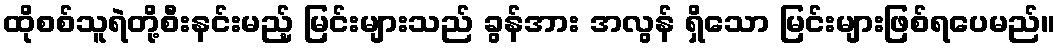
ထိုစစ်သူရဲတို့စီးနင်းမည့် မြင်းများသည် ခွန်အား အလွန် ရှိသော မြင်းများဖြစ်ရပေမည်။